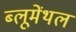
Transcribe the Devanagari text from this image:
ब्लूमेंथल